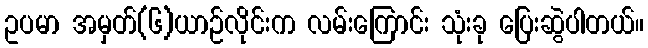
ဥပမာ အမှတ်(၆)ယာဉ်လိုင်းက လမ်းကြောင်း သုံးခု ပြေးဆွဲပါတယ်။